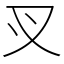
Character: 㕚